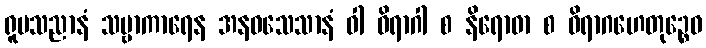
ရူပသညာနံ သဗ္ဗာကာရေန အနဝသေသာနံ ဝါ ဝိရာဂါ စ နိရောဓာ စ ဝိရာဂဟေတုဉ္စေဝ